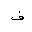
Letter: _fa